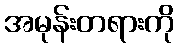
အမုန်းတရားကို